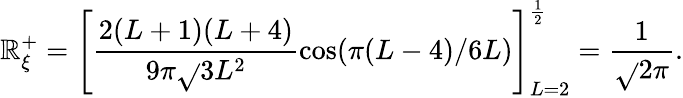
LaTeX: \mathbb{R}_{\xi}^{+}=\left[\frac{{2(L+1)(L+4)}}{{9\pi\sqrt{}{{3}}L^{2}}}\cos(\pi(L-4)/6L)\right]_{L=2}^{\frac{{1}}{{2}}}=\frac{{1}}{{\sqrt{}{{2\pi}}}}.